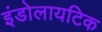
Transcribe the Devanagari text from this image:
इंडोलायटिक